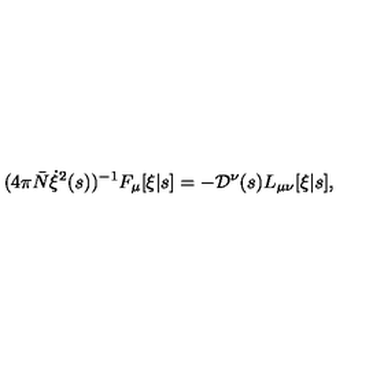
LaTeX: ( 4 \pi { \bar { N } } \dot { \xi } ^ { 2 } ( s ) ) ^ { - 1 } F _ { \mu } [ \xi | s ] = - { \cal D } ^ { \nu } ( s ) L _ { \mu \nu } [ \xi | s ] ,